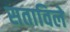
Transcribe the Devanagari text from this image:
सताविले